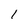
Character: 1